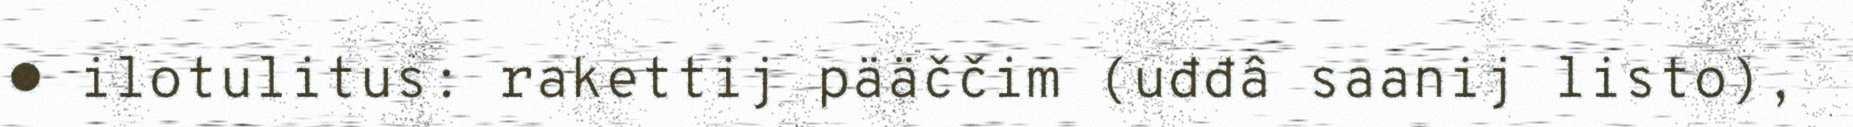
● ilotulitus: rakettij pääččim (uđđâ saanij listo),